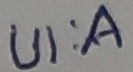
Text: UI:A